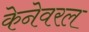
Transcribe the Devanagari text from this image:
केनेवरल